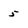
Character: 5